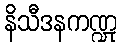
နိသီဒနကဏ္ဍု